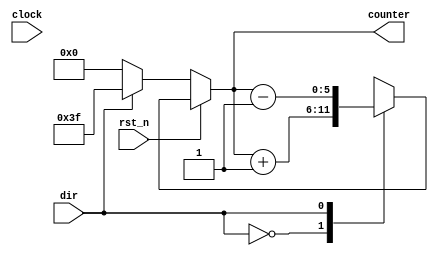
`timescale 1ns / 1ps
//////////////////////////////////////////////////////////////////////////////////
// Company: 
// Engineer: 
// 
// Design Name: 
// Module Name:    counter_6 
// Project Name: 
// Target Devices: 
// Tool versions: 
// Description: 
//
// Dependencies: 
//
// Revision: 
// Revision 0.01 - File Created
// Additional Comments: 
//
//////////////////////////////////////////////////////////////////////////////////

module counter(
    output reg [5:0] counter,
    input clock,
    input rst_n,
    input dir
    );
	 
	 always @ (rst_n, clock) begin
		if(rst_n==1'b0) begin
			counter <= (dir) ? 6'b11_1111 : 6'b0;
			end
		else
			case(dir)
			1'b0: counter <= counter + 1'b1;
			1'b1: counter <= counter - 1'b1;
			default: begin
				if(dir==1'b0) counter <= 6'b0;
				else if(dir==1'b1) counter <= 6'b11_1111;
				end
			endcase
		 end
endmodule